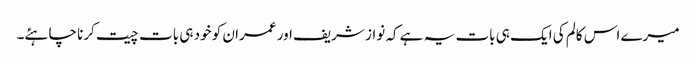
میرے اس کالم کی ایک ہی بات یہ ہے کہ نواز شریف اور عمران کو خود ہی بات چیت کرنا چاہئے۔